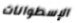
الإسطوانات